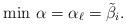
LaTeX: \begin{align*}\min\,\alpha=\alpha_\ell=\tilde{\beta}_i.\end{align*}